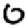
Digit: 0